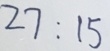
2 7 : 1 5